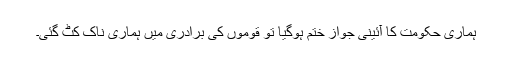
ہماری حکومت کا آئینی جواز ختم ہوگیا تو قوموں کی برادری میں ہماری ناک کٹ گئی۔